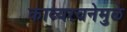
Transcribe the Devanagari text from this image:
काव्यरचनेमुळे